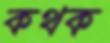
কথক